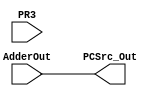
`timescale 1ns / 1ps
//////////////////////////////////////////////////////////////////////////////////
// Company: 
// Engineer: 
// 
// Design Name: 
// Module Name:    PCSrc 
// Project Name: 
// Target Devices: 
// Tool versions: 
// Description: 
//
// Dependencies: 
//
// Revision: 
// Revision 0.01 - File Created
// Additional Comments: 
//
//////////////////////////////////////////////////////////////////////////////////
module PCSrc(PR3,PCSrc_Out,AdderOut);
	input [499:0] PR3;
	input [63:0] AdderOut;
	wire [63:0] ALUBranch_Out4;
	wire Zero4,Branch4;
	wire PCSrc4;
	output reg [63:0] PCSrc_Out;
	
	assign Zero4 = PR3[360];
	assign Branch4 = PR3[99];
	
	//assign PCSrc4 = Zero4 & Branch4;
	assign PCSrc4 = 0;

	
	assign ALUBranch_Out4 = PR3[359:296];
	
	
always @* begin
case(PCSrc4)
0: begin
   PCSrc_Out <= AdderOut;
	end
	
1: begin
	PCSrc_Out <= ALUBranch_Out4;
	end

endcase
end
	
endmodule